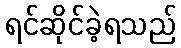
ရင်ဆိုင်ခဲ့ရသည်